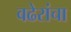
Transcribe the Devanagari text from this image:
वढेरांचा